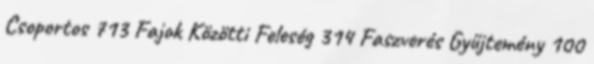
Csoportos 713 Fajok Közötti Feleség 314 Faszverés Gyűjtemény 100